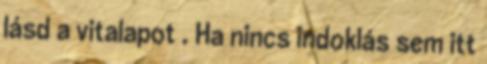
lásd a vitalapot . Ha nincs indoklás sem itt